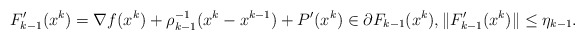
\begin{align*} F'_{k-1}(x^k)=\nabla f(x^k)+\rho_{k-1}^{-1}(x^k-x^{k-1})+P'(x^k) \in \partial F_{k-1}(x^k), \|F'_{k-1}(x^k)\|\leq\eta_{k-1}.\end{align*}